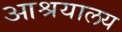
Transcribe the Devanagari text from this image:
आश्रयालय